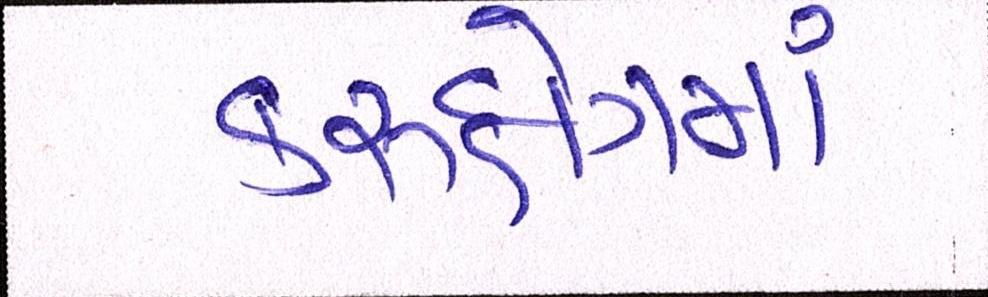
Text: કરુક્ષેત્રમાં